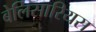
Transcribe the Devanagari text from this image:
बेलिसारियस